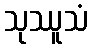
သုဿူသံ